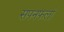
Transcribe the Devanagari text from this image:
सपनफलां